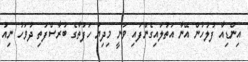
އިންޑިއާ ފުލުހުން އޭނާ އަތުލައިގެންފައި ވަނީ މިދިޔަ ހަފުތާގެ ބުރާސްފަތި ދުވަހު ނިއު